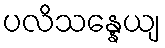
ပလိသန္နေယျ